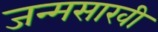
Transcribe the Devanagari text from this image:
जन्मसाखी